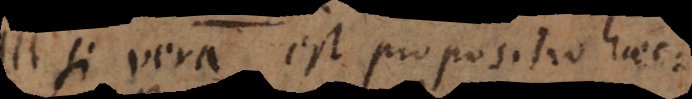
Si vera est propositio haec: